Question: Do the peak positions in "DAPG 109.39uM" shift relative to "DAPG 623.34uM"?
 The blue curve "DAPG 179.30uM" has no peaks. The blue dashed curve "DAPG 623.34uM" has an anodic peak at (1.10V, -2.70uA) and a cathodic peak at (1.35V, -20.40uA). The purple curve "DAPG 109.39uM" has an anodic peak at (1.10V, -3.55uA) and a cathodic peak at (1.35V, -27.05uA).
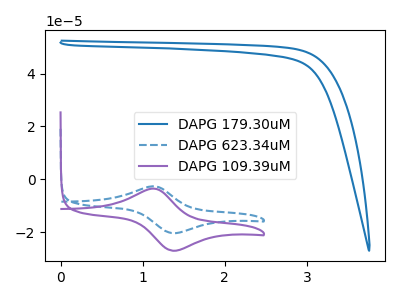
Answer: <think>All the peaks in "DAPG 109.39uM" have a peak in "DAPG 623.34uM" at the same potential.
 </think>
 <answer>No, "DAPG 109.39uM" and "DAPG 623.34uM" don't appear to be significantly different in shape</answer>
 <eval>no_change</eval>